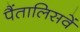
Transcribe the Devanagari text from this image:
पैंतालिसवें